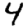
Digit: 4